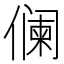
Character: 𱏓